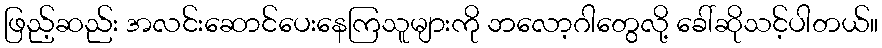
ဖြည့်ဆည်း အလင်းဆောင်ပေးနေကြသူများကို ဘလော့ဂါတွေလို့ ခေါ်ဆိုသင့်ပါတယ်။